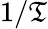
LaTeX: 1/\mathfrak{T}